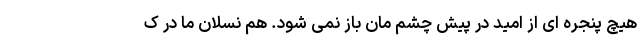
هیچ پنجره ای از امید در پیش چشم مان باز نمی شود. هم نسلان ما در ک